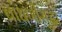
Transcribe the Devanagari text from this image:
बांधणीसुद्धा